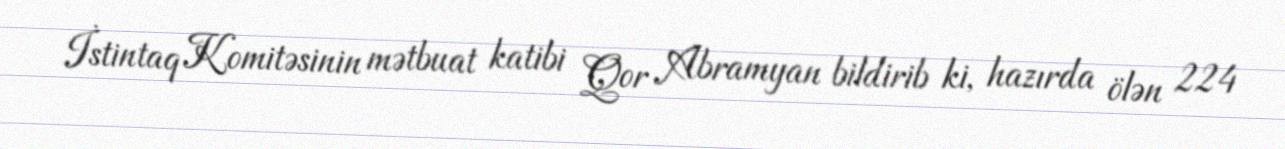
İstintaq Komitəsinin mətbuat katibi Qor Abramyan bildirib ki, hazırda ölən 224